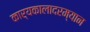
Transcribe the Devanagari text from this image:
कार्यकालादरम्यान